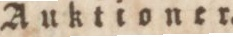
Auktioner.